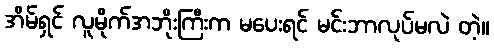
အိမ်ရှင် လူမိုက်အဘိုးကြီးက မပေးရင် မင်းဘာလုပ်မလဲ တဲ့။